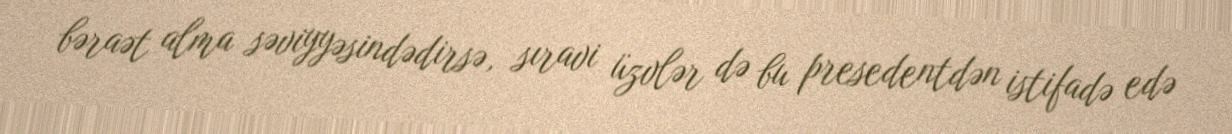
bəraət alma səviyyəsindədirsə, sıravi üzvlər də bu presedentdən istifadə edə